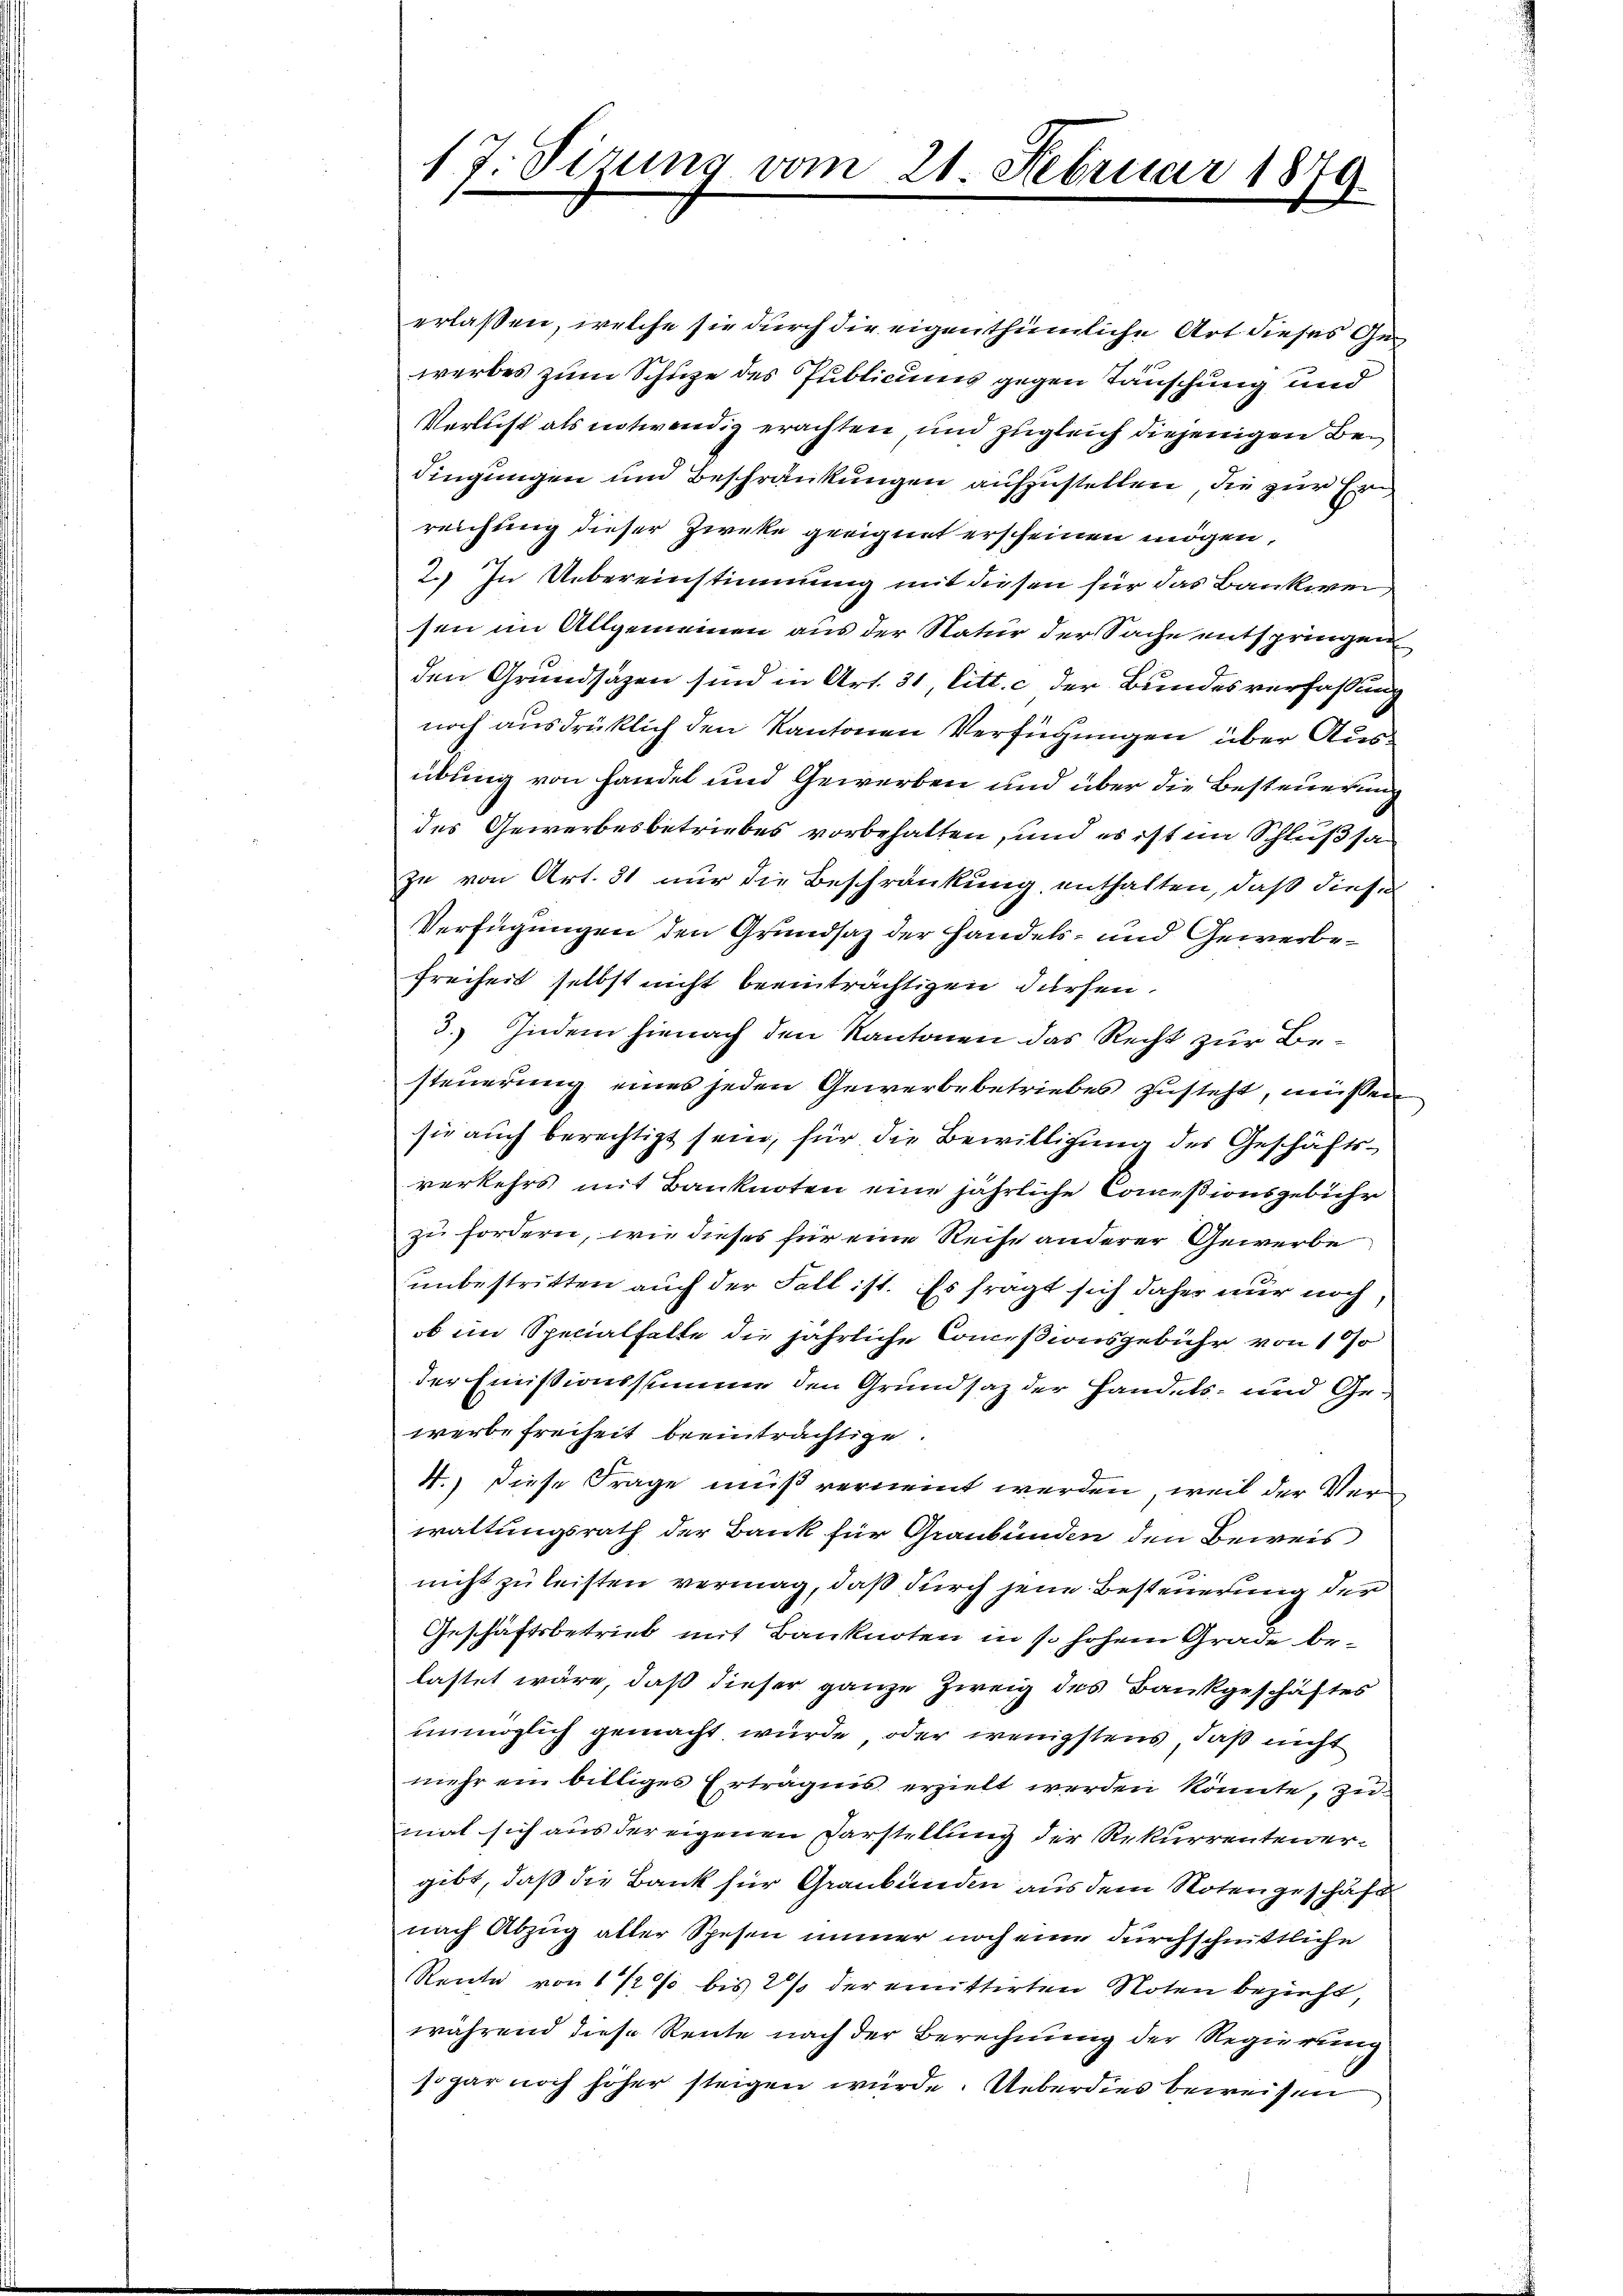
17. Sizung vom 21. Februar 1879.

erlassen, welche sie durch die eigenthümliche Art dieses Gewerbes zum Schupe des Publicums gegen Täuschung und
Verlicht als notwendig erachten und zugleich diejenigen Bedingungen und Beschränkungen aufzustellen, die zur Erreichung dieser Zwecke geeignet erscheinen mögen,
2.) In Uebereinstimmung mit diesen für das Bankweisen im Allgemeinen aus der Natur der Sache entspringen
den Grundsätzen sind in Art. 31, litt. c der Bundesverfassung
noch ausdrücklich den Kantonen Verfügungen über Ausübung von handel und Gewerben und über die Besteuerung
des Gewerbesbetriebes vorbehalten, und es ist im Schlußsazu von Art. 81 nur die Beschränkung enthalten, daß diese
Verfügungen den Grundsaz der Handels- und Gewerbe¬
Freiheit selbst nicht beeinträchtigen dürfen.
3. Indem hienach den Kantonen das Recht zur Besteuerung eines jeden Gewerbebetriebes zusteht, müssen
sie auch berechtigt sein, für die Bewilligung des Geschäftsverkehrs mit Banknoten eine jährliche Commißionsgebühr
zu fordern, wie dieses für eine Reise anderer Gewerbe
unbestritten auch der Fall ist. Es fragt sich daher nur noch,
ob im Specialhalte die jährliche Commißionsgebühr von 1%
der Emissionsstimme den Grundsatz der Handels- und Gewerbe Freiheit beeinträchtige
4.) Diese Frage muß verneint werden, weil der Verwaltungsrath der Bank für Graubünden den Beweis
nicht zu leisten vermag, daß durch jene Besteuerung der
Geschäftsbetrieb mit Banknoten in s. hohem Grade belastet wäre, daß dieser ganze Zweig des Bankgeschäftes
unmöglich gemacht wurde, oder wenigstens, daß nicht
mehr ein billiges Erträgnis erzielt werden könnte, zu
mal sich aus der eigenen Darstellung der Rekurrenten ergibt, daß die Bank für Graubünden aus dem Noten geschäft
nach Abzug aller Spesen immer noch eine durchschnittliche
Reute von 1/2 % bis 2 % der emittirten Noten bezieht,
während diese Rente nach der Berechnung der Regierung
sogar noch höher steigen würde. Ueberdies beweisen